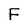
Character: F